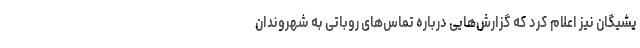
یشیگان نیز اعلام کرد که گزارش‌هایی درباره تماس‌های روباتی به شهروندان